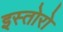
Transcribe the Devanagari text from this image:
इस्तोरो